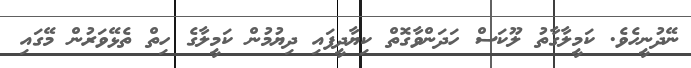
ނޭދުނީހެވެ. ކަމީލާގާތު ލޫކަސް ހަދަންވާގޮތް ކިޔާދީފައި ދިޔުމުން ކަމީލާގެ ހިތް ތެޅޭވަރުން މޭގައި